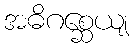
အဓိဂစ္ဆေယျ